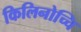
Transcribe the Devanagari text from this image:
किलिनोच्चि